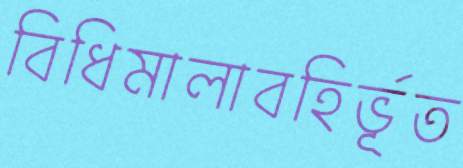
বিধিমালাবহির্ভূত